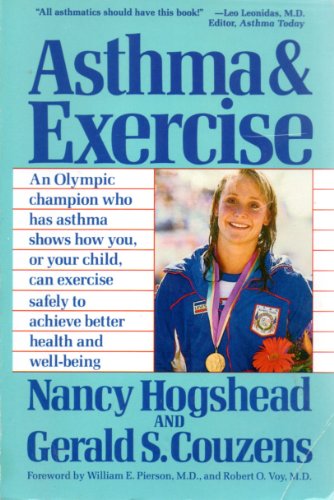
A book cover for Asthma & Exercise; Nancy Hogshead; Health, Fitness & Dieting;